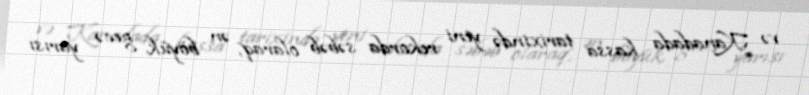
və Kanadada kassa tarixində yeni rekorda səbəb olaraq, ən böyük gecə yarısı